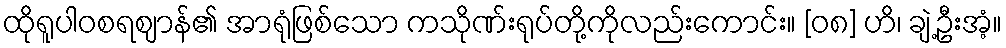
ထိုရူပါဝစရဈာန်၏ အာရုံဖြစ်သော ကသိုဏ်းရုပ်တို့ကိုလည်းကောင်း။ [၀၈] ဟိ၊ ချဲ့ဦးအံ့။